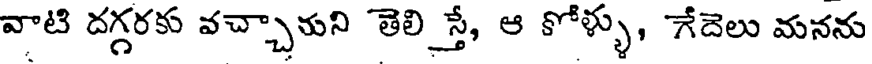
వాటి దగ్గరకు వచ్చారుని తెలి స్తే, ఆ కోళ్ళు, గేదెలు మనను